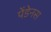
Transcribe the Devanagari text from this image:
पेंडेनस